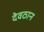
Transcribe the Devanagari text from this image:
देवठान